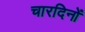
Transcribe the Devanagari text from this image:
चारदिनों